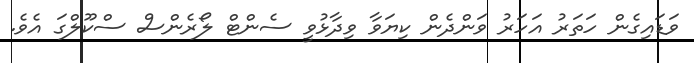
ވަޑައިގެން ހަތަރު އަހަރު ވަންދެން ކިޔަވާ ވިދާޅުވީ ސެންޓް ލޯރެންސް ސްކޫލްގަ އެވެ.